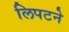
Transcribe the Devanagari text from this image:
लिपटने